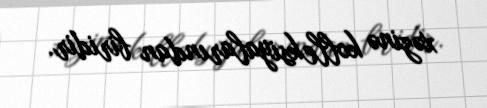
xəzinə kolleksiyalarından biridir.